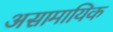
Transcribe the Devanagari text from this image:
असामायिक